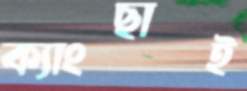
ক্যাংছাই